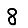
Digit: 8